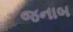
જનાબ